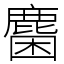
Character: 𪊽